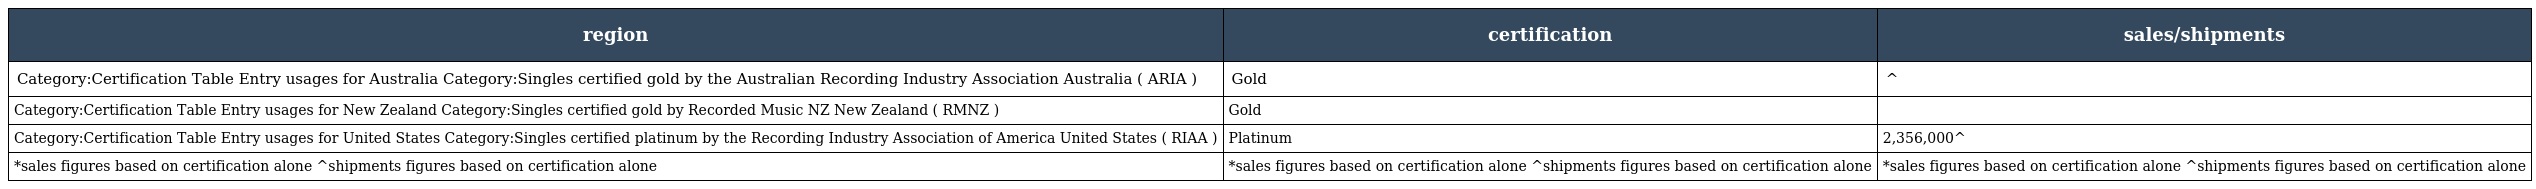
| region | certification | sales/shipments |
 | --- | --- | --- |
 | Category:Certification Table Entry usages for Australia Category:Singles certified gold by the Australian Recording Industry Association Australia ( ARIA ) | Gold | ^ |
 | Category:Certification Table Entry usages for New Zealand Category:Singles certified gold by Recorded Music NZ New Zealand ( RMNZ ) | Gold |  |
 | Category:Certification Table Entry usages for United States Category:Singles certified platinum by the Recording Industry Association of America United States ( RIAA ) | Platinum | 2,356,000^ |
 | *sales figures based on certification alone ^shipments figures based on certification alone | *sales figures based on certification alone ^shipments figures based on certification alone | *sales figures based on certification alone ^shipments figures based on certification alone |